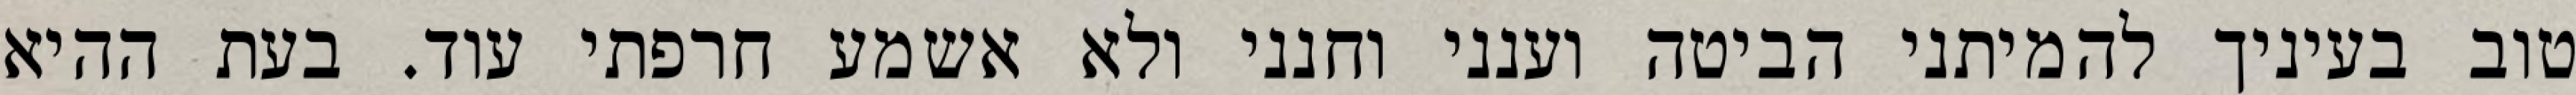
טוב בעיניך להמיתני הביטה וענני וחנני ולא אשמע חרפתי עוד. בעת ההיא